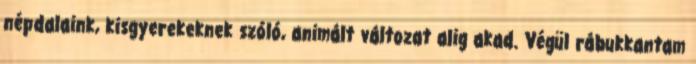
népdalaink, kisgyerekeknek szóló, animált változat alig akad. Végül rábukkantam